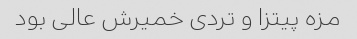
مزه پیتزا و تردی خمیرش عالی بود